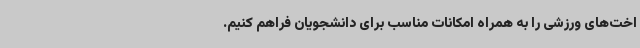
اخت‌های ورزشی را به همراه امکانات مناسب برای دانشجویان فراهم کنیم.